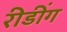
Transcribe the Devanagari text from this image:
रीडींग